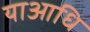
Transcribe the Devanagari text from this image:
याआधि